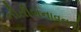
નીતીબનાવનારો